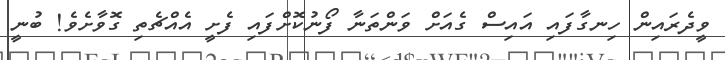
ވީދެރައިން ހިނގާފައި އައިސް ގެއަށް ވަންތަނާ ފޯނުކޮށްފައި ފެށީ އެއްޗެތި ގޮވާށެވެ! ބުނީ